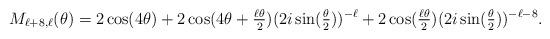
LaTeX: \begin{align*} M_{\ell+8,\ell}(\theta) = 2\cos(4 \theta) +2\cos(4 \theta + \tfrac{\ell \theta}{2})(2i\sin(\tfrac{\theta}{2}))^{-\ell} + 2\cos(\tfrac{\ell \theta}{2})(2i\sin(\tfrac{\theta}{2}))^{-\ell - 8}.\end{align*}